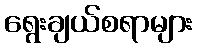
ရွေးချယ်စရာများ